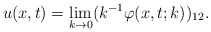
\begin{align*}u(x,t)=\lim _{k\rightarrow 0} ( k^{-1} \varphi (x,t;k))_{12}.\end{align*}